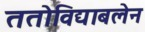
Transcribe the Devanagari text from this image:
ततोविद्याबलेन